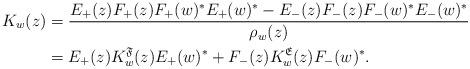
LaTeX: \begin{align*}K_w(z)& = \frac{E_+(z)F_+(z)F_+(w)^*E_+(w)^*-E_-(z)F_-(z)F_-(w)^*E_-(w)^*}{\rho_w(z)}\\& = E_+(z)K_w^\mathfrak{F}(z)E_+(w)^*+F_-(z)K_w^\mathfrak{E}(z)F_-(w)^*.\end{align*}